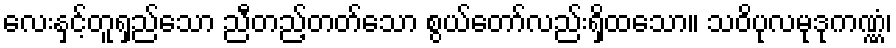
လေးနှင့်တူရှည်သော ညီတည့်တတ်သော စွယ်တော်လည်းရှိထသော။ သဝိပုလမုဒုကဏ္ဏံ၊